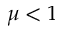
\mu < 1